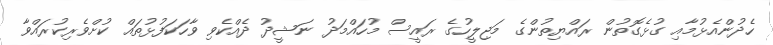
ހެދުންއެޅުމާއި ގުޅެގޮތުން ރައްޔިތުންގެ މަޖިލީހުގެ ރައީސް މުހައްމަދު ނަޝީދު ދެއްކެވި ވާހަކަފުޅުތައް ކުށްވެރިކުރައްވާ